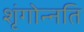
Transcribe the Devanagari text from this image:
शृंगोन्नति